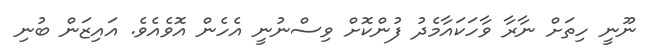
ނޫނީ ހިތަށް ނާރާ ވާހަކައާމެދު ފުންކޮށް ވިސްނުނީ އެހެން އޮވެއެވެ. އައިޒަން ބުނި